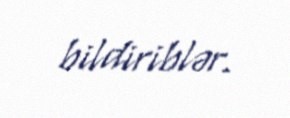
bildiriblər.